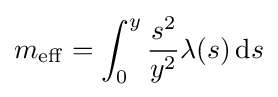
m_{\mathrm {eff} }=\int _{0}^{y}{\frac {s^{2}}{y^{2}}}\lambda (s)\,\mathrm {d} s